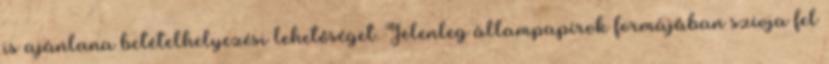
is ajánlana betételhelyezési lehetőséget. Jelenleg állampapírok formájában szívja fel